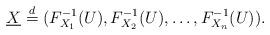
LaTeX: \begin{align*}\underline{X} \stackrel{d}{=} (F_{X_1}^{-1}(U),F_{X_2}^{-1}(U),\ldots,F_{X_n}^{-1}(U)).\end{align*}